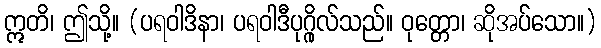
ဣတိ၊ ဤသို့။ (ပရဝါဒိနာ၊ ပရဝါဒီပုဂ္ဂိုလ်သည်။ ဝုတ္တော၊ ဆိုအပ်သော။)